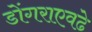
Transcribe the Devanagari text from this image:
डोंगराएवढे